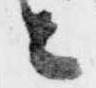
と